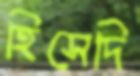
হিসেদি